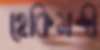
হেকিমন্দী